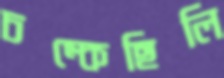
চম্‌কেছিলি